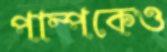
পাম্পকেও